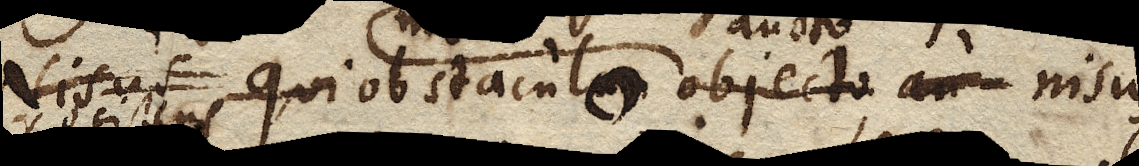
Nisus qui obstaculo objecto au nisus